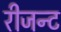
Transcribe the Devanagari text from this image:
रीजन्ट